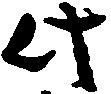
此